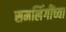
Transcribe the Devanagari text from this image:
समलिंगींच्या